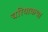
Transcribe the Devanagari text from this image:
चरियाकथा